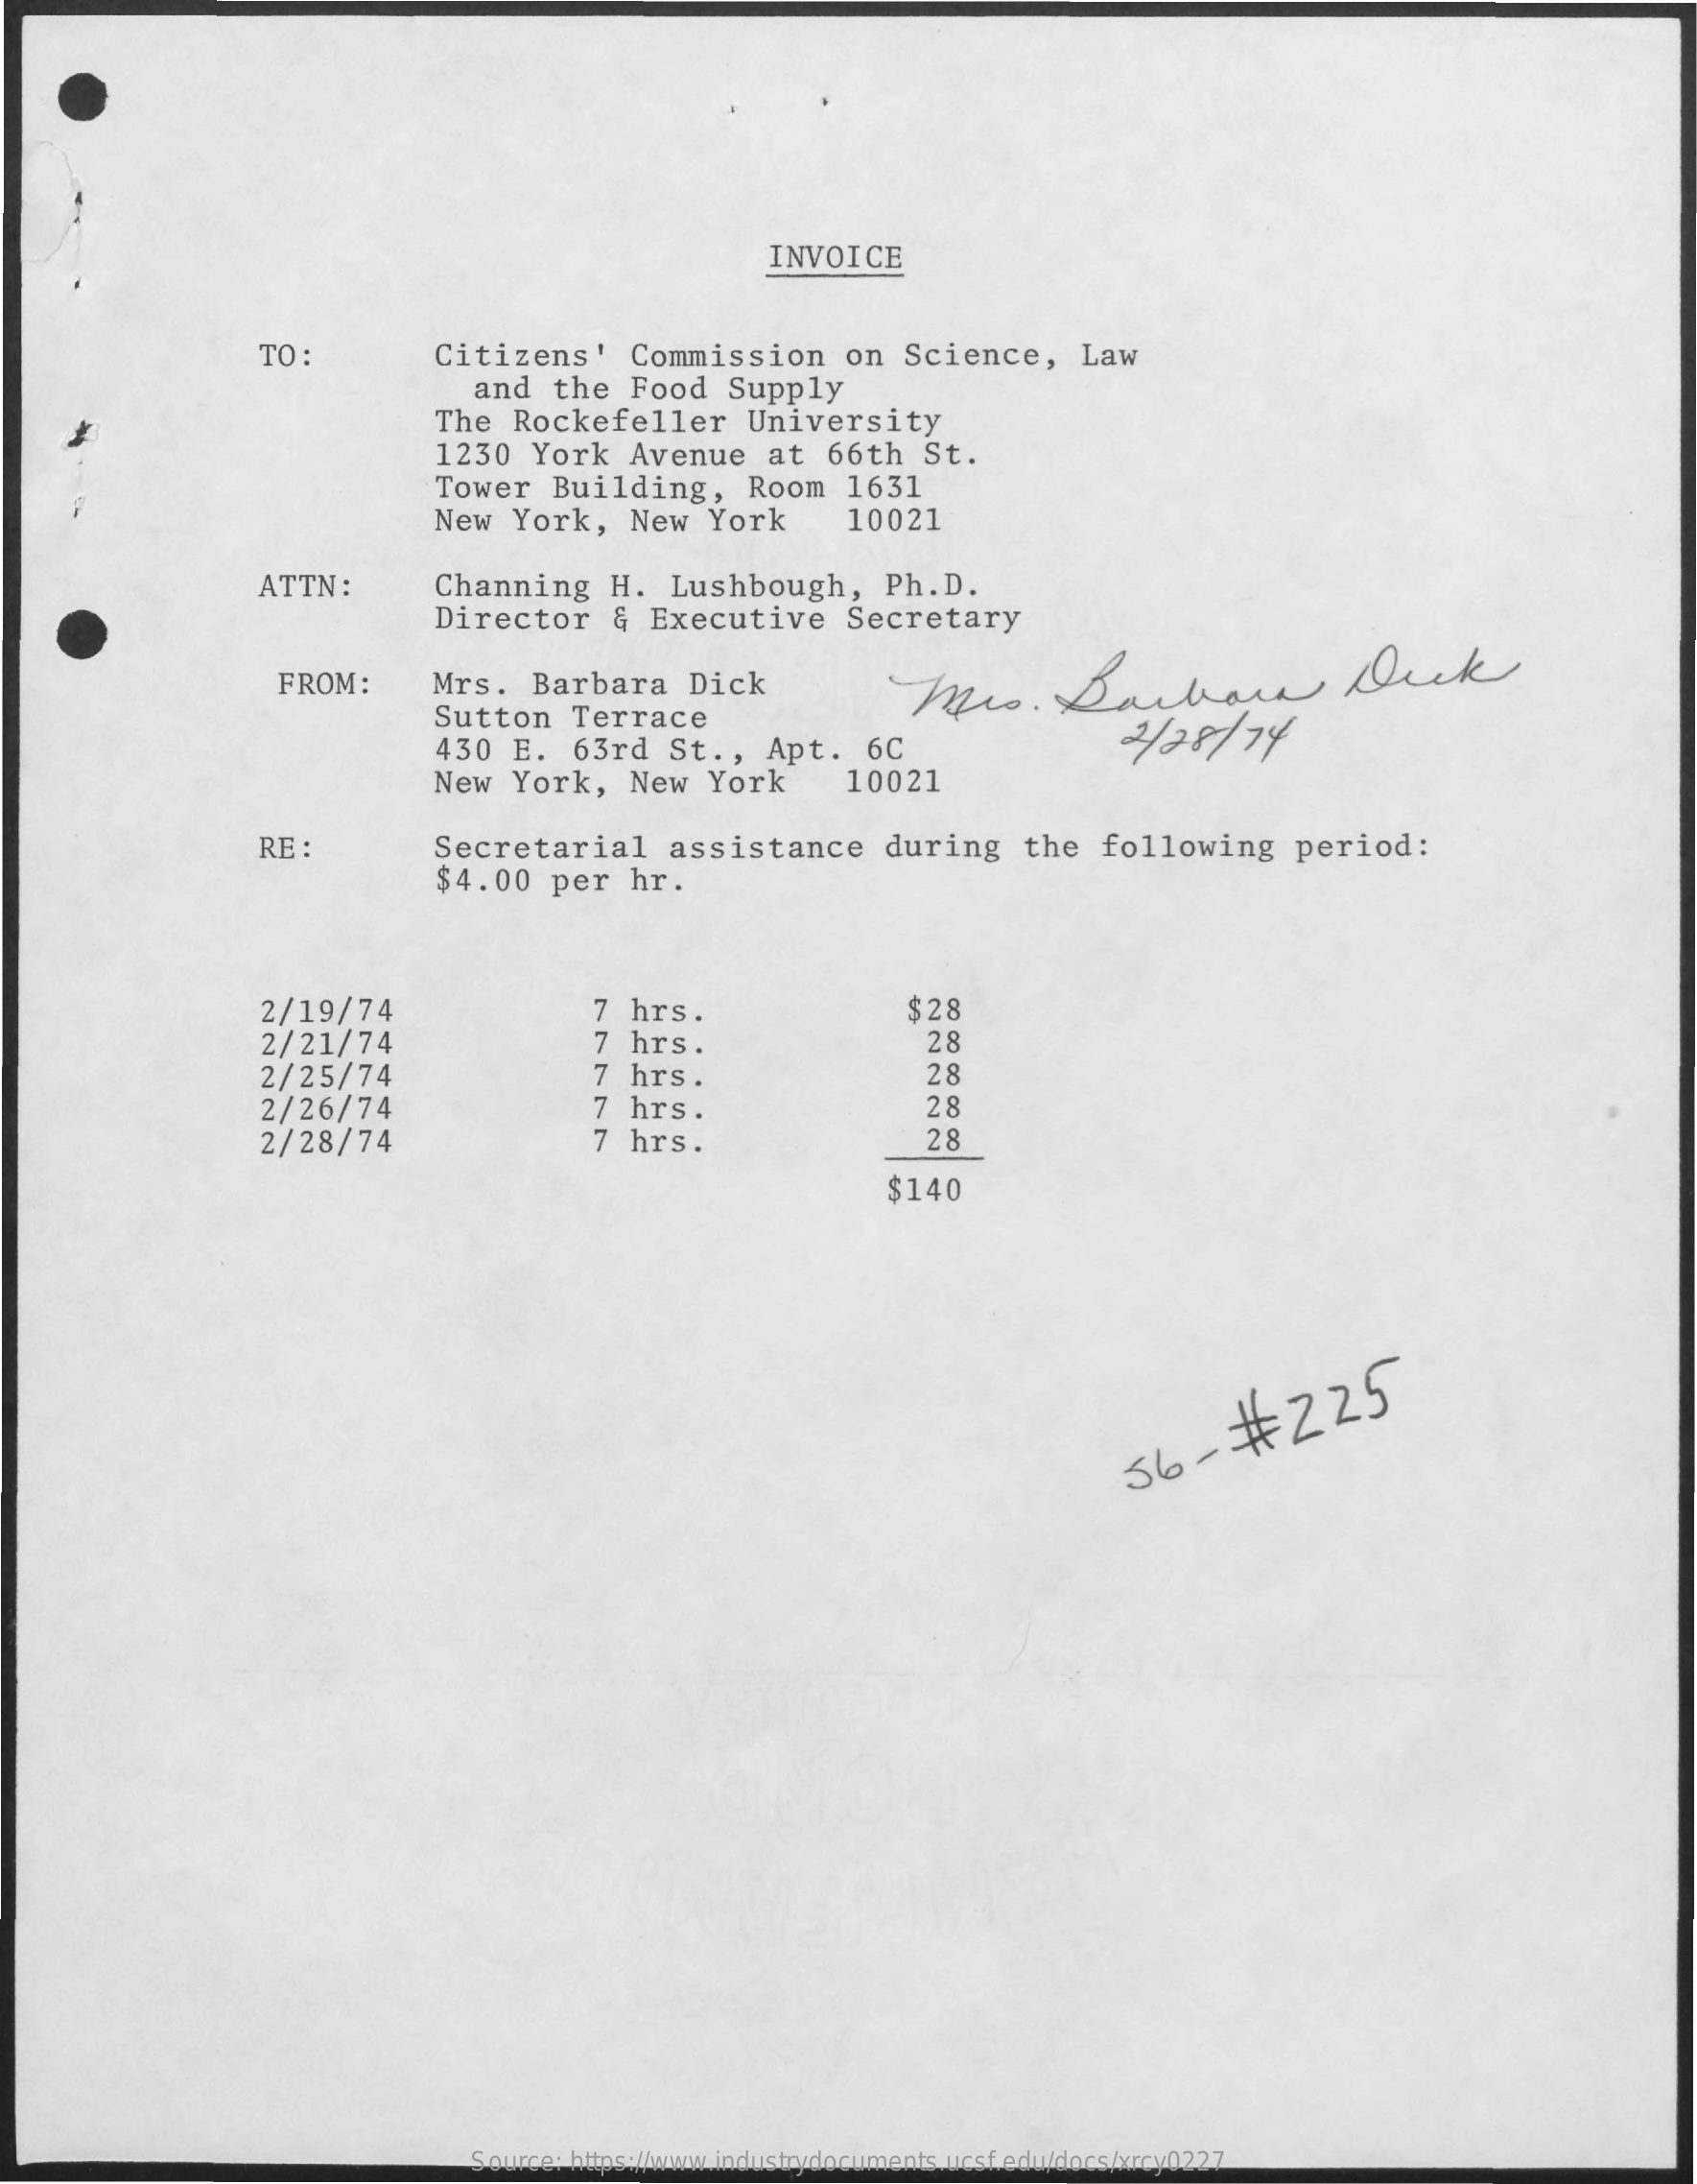
INVOICE
     TO :    Citizens'    Commission    on   Science,    Law
     and   the   Food    Supply
     The   Rockefeller    University
     1230   York    Avenue    at   66th   St.
     Tower    Building,    Room    1631
     New   York,    New   York    10021
     ATTN  :    Channing    H.  Lushbough,    Ph.D.
     Director    &  Executive    Secretary
     FROM:    Mrs.   Barbara    Dick    Mrs.    Darbarn    Dick
     Sutton    Terrace
     430   E.   63rd   St  .,  Apt.    6C    2/28/    74
     New   York,    New   York    10021
     RE  :    Secretarial    assistance    during    the   following    period:
     $4.00    per   hr.
     2/19/74
     2/21/74
     7 hrs.
     7  hrs.
     $28
     28
     2/25/74
     2/26/74
     7  hrs.
     7  hrs.
     28
     2/28/74    7  hrs.
     28
     28
     $140
     56-    #   225
     Source: https://www.industrydocuments.ucsf.edu/docs/xrcy0227